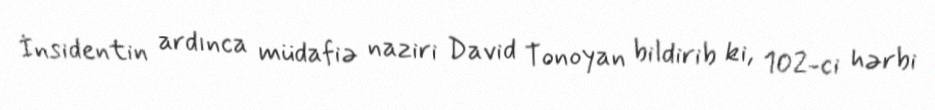
İnsidentin ardınca müdafiə naziri David Tonoyan bildirib ki, 102-ci hərbi